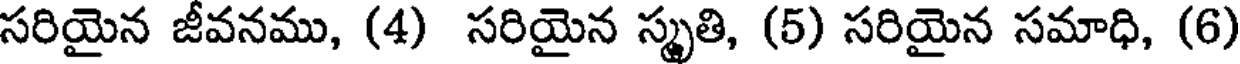
సరియైన జీవనము, (4) సరియైన స్మృతి, (5) సరియైన సమాధి, (6)